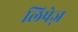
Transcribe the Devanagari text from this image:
लिपेज़